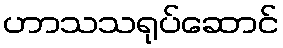
ဟာသသရုပ်ဆောင်